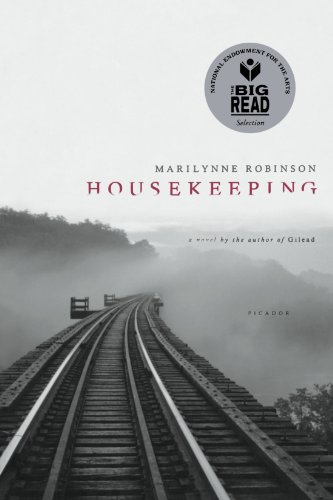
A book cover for Housekeeping: A Novel; Marilynne Robinson; Literature & Fiction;